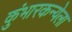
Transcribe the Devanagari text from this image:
कुंभारकन्येला